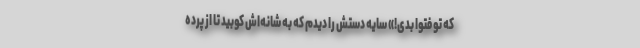
که تو فتوا بدی!» سایه دستش را دیدم که به شانه‌اش کوبید تا از پرده